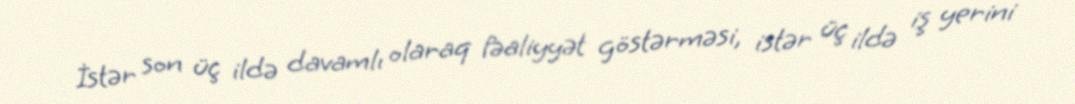
İstər son üç ildə davamlı olaraq fəaliyyət göstərməsi, istər üç ildə iş yerini